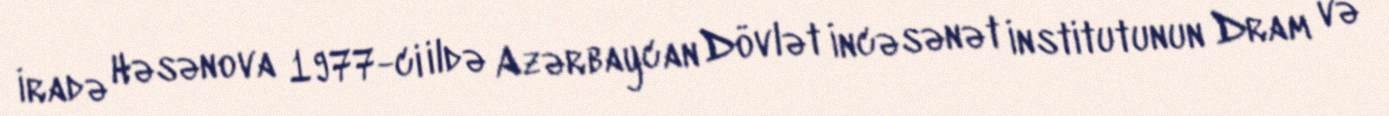
İradə Həsənova 1977-ci ildə Azərbaycan Dövlət İncəsənət İnstitutunun Dram və